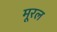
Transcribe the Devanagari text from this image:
मूरल